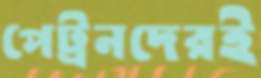
পেট্রনদেরই